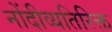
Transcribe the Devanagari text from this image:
नोंदीव्यतिरिक्त